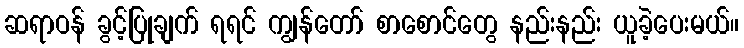
ဆရာဝန် ခွင့်ပြုချက် ရရင် ကျွန်တော် စာစောင်တွေ နည်းနည်း ယူခဲ့ပေးမယ်။